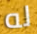
له